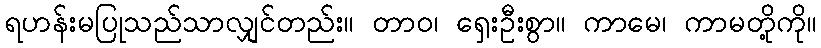
ရဟန်းမပြုသည်သာလျှင်တည်း။ တာဝ၊ ရှေးဦးစွာ။ ကာမေ၊ ကာမတို့ကို။